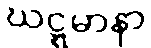
ဃဋ္ဋမာနာ